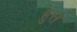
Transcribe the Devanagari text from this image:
हुत्त